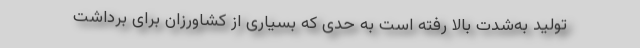
تولید به‌شدت بالا رفته است به حدی که بسیاری از کشاورزان برای برداشت